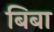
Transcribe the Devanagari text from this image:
बिबा